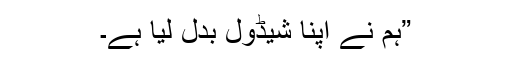
”ہم نے اپنا شیڈول بدل لیا ہے۔